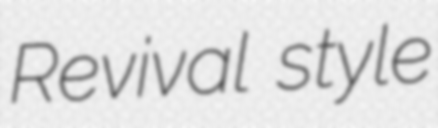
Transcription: Revival style